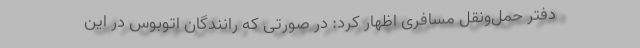
دفتر حمل‌ونقل مسافری اظهار کرد: در صورتی که رانندگان اتوبوس در این